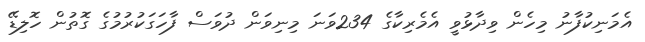
އެމަނިކުފާނު މިހެން ވިދާޅުވީ އެމެރިކާގެ 234ވަނަ މިނިވަން ދުވަސް ފާހަގަކުރުމުގެ ގޮތުން ހޮލިޑޭ